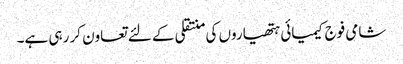
شامی فوج کیمیائی ہتھیاروں کی منتقلی کے لئے تعاون کر رہی ہے۔